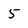
Character: 5